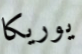
يوريكا